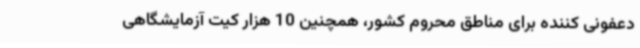
دعفونی کننده برای مناطق محروم کشور، همچنین 10 هزار کیت آزمایشگاهی